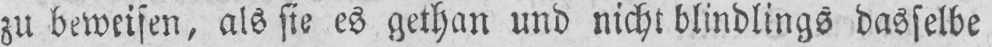
zu beweisen, als sie es gethan und nicht blindlings dasselbe